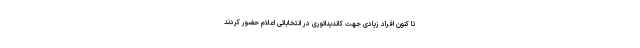
تا کنون افراد زیادی جهت کاندیداتوری در انتخاباتی اعلام حضور کردند